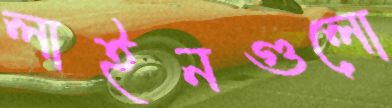
লাইনগুলো